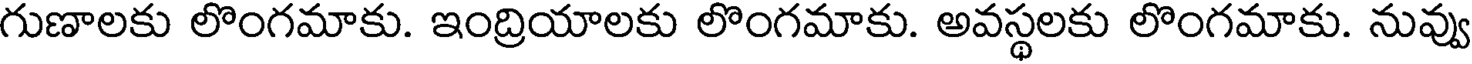
గుణాలకు లొంగమాకు. ఇంద్రియాలకు లొంగమాకు. అవస్థలకు లొంగమాకు. నువ్వు